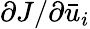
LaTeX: \partial J/\partial{{\bar{u}}_{i}}